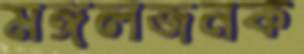
মঙ্গলজনক